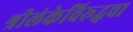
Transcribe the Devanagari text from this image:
श्रीलंकेविरूद्धचा